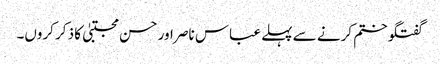
گفتگو ختم کرنے سے پہلے عباس ناصر اور حسن مجتبیٰ کا ذکر کروں۔